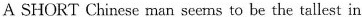
A SHORT Chinese man seerns to be the tallest in